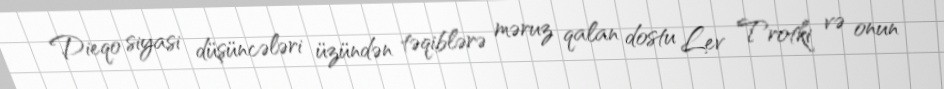
Dieqo siyasi düşüncələri üzündən təqiblərə məruz qalan dostu Lev Trotki və onun